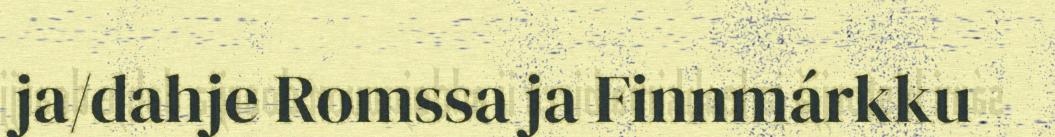
ja/dahje Romssa ja Finnmárkku